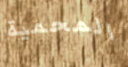
المحمية